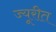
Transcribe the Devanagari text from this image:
ज्यूरीत